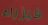
فيزياء